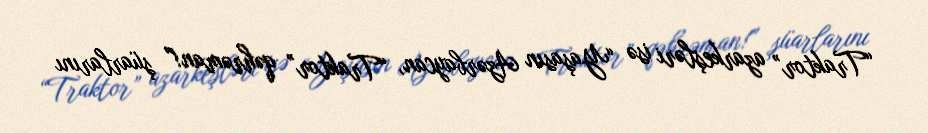
“Traktor” azarkeşləri isə “Yaşasın Azərbaycan, “Traktor” qəhrəman!” şüarlarını